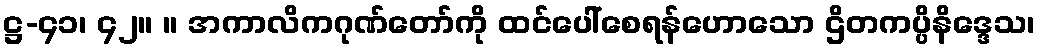
ဋ္ဌ-၄၁၊ ၄၂။ ။ အကာလိကဂုဏ်တော်ကို ထင်ပေါ်စေရန်ဟောသော ဌိတကပ္ပိနိဒ္ဒေသ၊